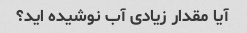
آیا مقدار زیادی آب نوشیده اید؟